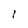
Character: l